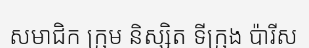
សមាជិក ក្រុម និស្សិត ទីក្រុង ប៉ារីស